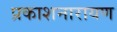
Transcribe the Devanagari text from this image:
प्रकाशनारायण